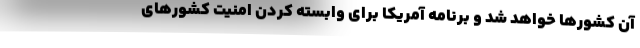
آن کشورها خواهد شد و برنامه آمریکا برای وابسته کردن امنیت کشورهای